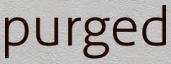
purged